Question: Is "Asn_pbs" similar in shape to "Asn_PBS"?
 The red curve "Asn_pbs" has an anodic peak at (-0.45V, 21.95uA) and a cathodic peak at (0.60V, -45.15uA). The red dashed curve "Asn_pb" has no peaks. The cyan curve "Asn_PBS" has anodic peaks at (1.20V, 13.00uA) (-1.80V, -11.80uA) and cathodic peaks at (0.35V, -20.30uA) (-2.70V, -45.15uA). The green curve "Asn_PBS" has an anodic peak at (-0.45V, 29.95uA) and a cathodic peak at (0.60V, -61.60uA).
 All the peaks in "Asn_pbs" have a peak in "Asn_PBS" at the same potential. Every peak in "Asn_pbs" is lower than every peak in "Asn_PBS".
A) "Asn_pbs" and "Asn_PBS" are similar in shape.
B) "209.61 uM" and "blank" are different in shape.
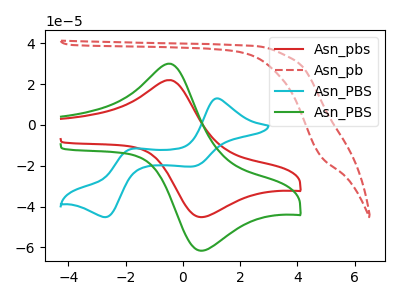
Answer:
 <answer>A) "Asn_pbs" and "Asn_PBS" are similar in shape.</answer>
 <eval>A</eval>